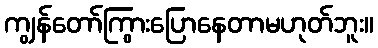
ကျွန်တော်ကြွားပြောနေတာမဟုတ်ဘူး။